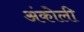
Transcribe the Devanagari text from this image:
अंकोली